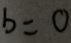
b = 0